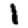
Digit: 1